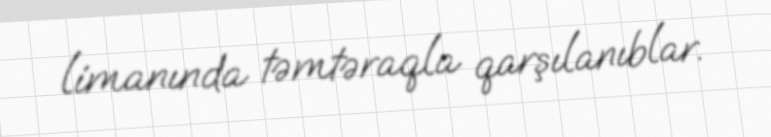
limanında təmtəraqla qarşılanıblar.